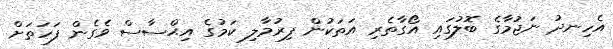
އެހިނދު ނަޖުމާގެ ބޮލުގައި އޯގާތެރި އަތަކުން ފިރުމާލި ކަމުގެ އިޙްސާސް ވެގެން ފަހަތަށް